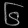
Digit: ၆